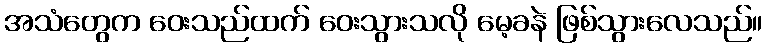
အသံတွေက ဝေးသည်ထက် ဝေးသွားသလို မေ့ခနဲ ဖြစ်သွားလေသည်။